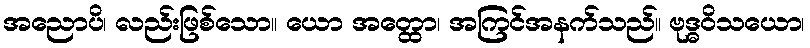
အညောပိ၊ လည်းဖြစ်သော။ ယော အတ္ထော၊ အကြင်အနက်သည်။ ဗုဒ္ဓဝိသယော၊